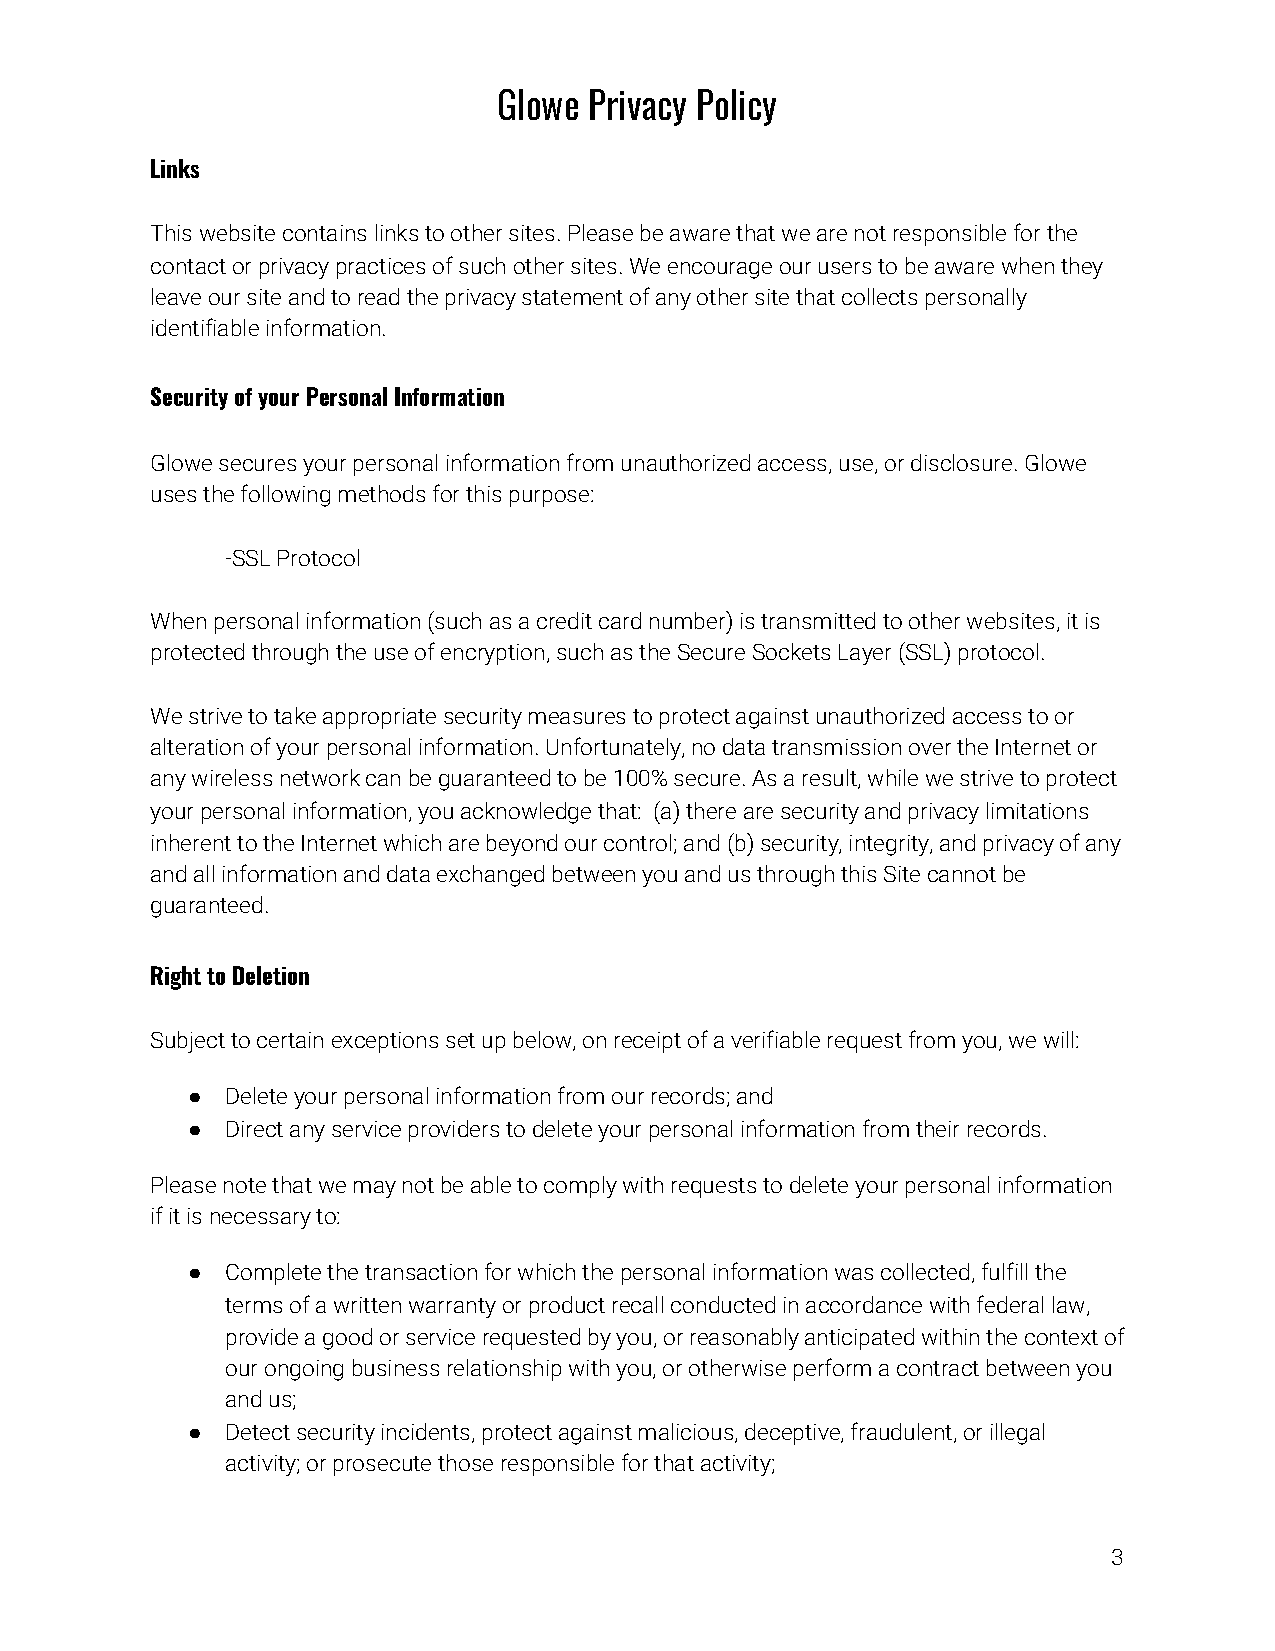
Glowe Privacy Policy
 Links
 This website contains links to other sites. Please be aware that we are not responsible for the
 contact or privacy practices of such other sites. We encourage our users to be aware when they
 leave our site and to read the privacy statement of any other site that collects personally
 identifiable information.
 Security of your Personal Information
 Glowe secures your personal information from unauthorized access, use, or disclosure. Glowe
 uses the following methods for this purpose:
 -SSL Protocol
 When personal information (such as a credit card number) is transmitted to other websites, it is
 protected through the use of encryption, such as the Secure Sockets Layer (SSL) protocol.
 We strive to take appropriate security measures to protect against unauthorized access to or
 alteration of your personal information. Unfortunately, no data transmission over the Internet or
 any wireless network can be guaranteed to be 100% secure. As a result, while we strive to protect
 your personal information, you acknowledge that: (a) there are security and privacy limitations
 inherent to the Internet which are beyond our control; and (b) security, integrity, and privacy of any
 and all information and data exchanged between you and us through this Site cannot be
 guaranteed.
 Right to Deletion
 Subject to certain exceptions set up below, on receipt of a verifiable request from you, we will:
 ●  Delete your personal information from our records; and
 ●  Direct any service providers to delete your personal information from their records.
 Please note that we may not be able to comply with requests to delete your personal information
 if it is necessary to:
 ●  Complete the transaction for which the personal information was collected, fulfill the
 terms of a written warranty or product recall conducted in accordance with federal law,
 provide a good or service requested by you, or reasonably anticipated within the context of
 our ongoing business relationship with you, or otherwise perform a contract between you
 and us;
 ●  Detect security incidents, protect against malicious, deceptive, fraudulent, or illegal
 activity; or prosecute those responsible for that activity;
 3